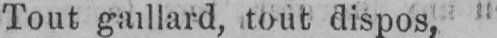
Tout gaillard, tout dispos,